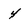
Character: 4